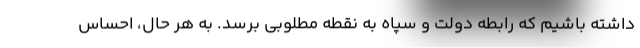
داشته باشیم که رابطه دولت و سپاه به نقطه مطلوبی برسد. به هر حال، احساس